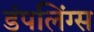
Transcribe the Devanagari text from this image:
डंपलिंग्स